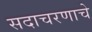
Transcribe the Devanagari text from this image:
सदाचरणाचे